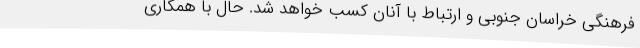
فرهنگی خراسان جنوبی و ارتباط با آنان کسب خواهد شد. حال با همکاری